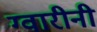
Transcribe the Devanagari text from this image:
ग्वारीनी